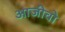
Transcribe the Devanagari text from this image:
आजीवो